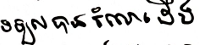
ទទួលបានចំណេះដឹង